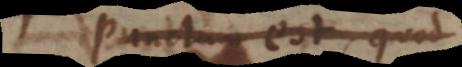
mundanum est quod